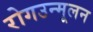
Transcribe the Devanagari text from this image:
रोगउन्मूलन